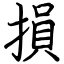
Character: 損